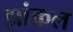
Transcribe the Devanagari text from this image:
झांकल